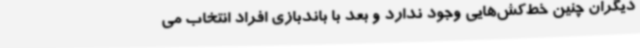
دیگران چنین خط‌کش‌هایی وجود ندارد و بعد با باندبازی افراد انتخاب می